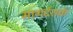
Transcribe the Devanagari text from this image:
मागर्दशर्क